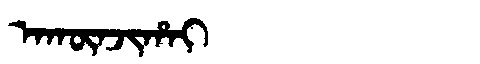
Manchu: ᠠᡴᡡᠨᠵᡳᡥᠠᡳ
Romanization: AKŪNJIHAI